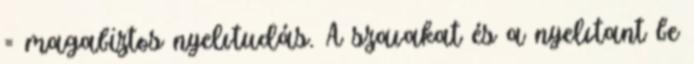
= magabiztos nyelvtudás. A szavakat és a nyelvtant be